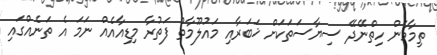
ތިމާމެން ހިތްނޭދޭ ސިޔާސަތަކަށް ޚަބަރާއި މައުލޫމާތު ފަތުރާ މިޑިއާއެއް ނަމަ އެ ތަނެއްގައި